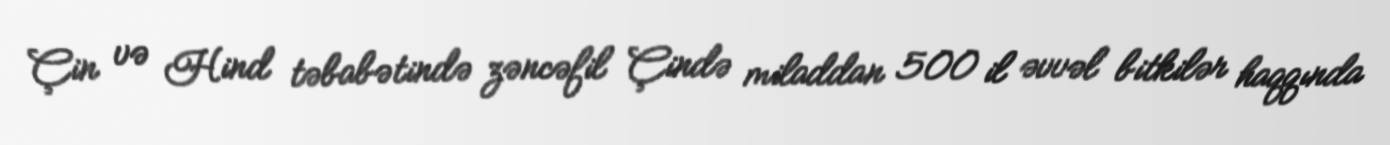
Çin və Hind təbabətində zəncəfil Çində miladdan 500 il əvvəl bitkilər haqqında